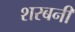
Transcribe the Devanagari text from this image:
शरबनी